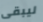
ليبقى